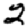
Digit: 2